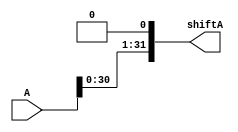
module SLL_1(shiftA, A);
	input [31:0] A;
	output [31:0] shiftA;

	assign shiftA[0] = 1'b0;
	assign shiftA[31:1] = A[30:0];
	
	

endmodule